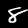
Digit: 8